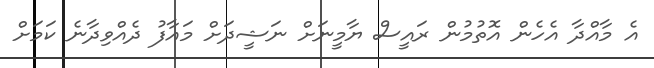
އެ މާއްދާ އެހެން އޮތުމުން ރައީސް ޔާމީނަށް ނަޝީދަށް މައާފު ދެއްވިދާނެ ކަމަށް